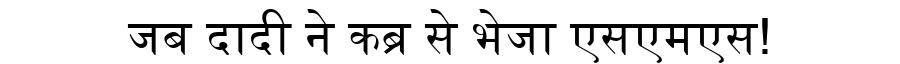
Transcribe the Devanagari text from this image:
जब दादी ने कब्र से भेजा एसएमएस!